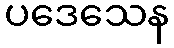
ပဒေသေန